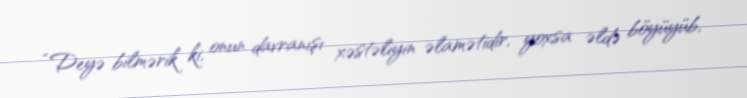
“Deyə bilmərik ki, onun davranışı xəstəliyin əlamətidir, yoxsa əldə böyüyüb,